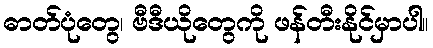
ဓာတ်ပုံတွေ၊ ဗီဒီယိုတွေကို ဖန်တီးနိုင်မှာပါ။